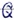
Text: Q